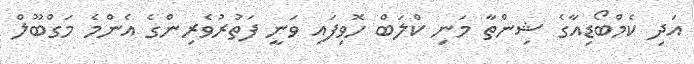
އަދި ކެމްބޯޑިއާގެ ޝިންތާ މަނި ކްލަބް ހޮވިފައި ވަނީ ފަތުރުވެރިންގެ އެންމެ މަގްބޫލް